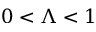
0 < \Lambda < 1